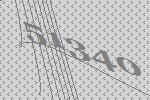
51340